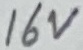
Text: 16V